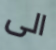
الى